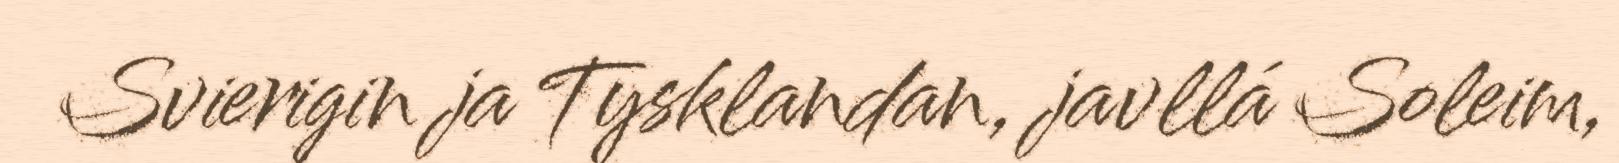
Svierigin ja Tysklandan, javllá Soleim,